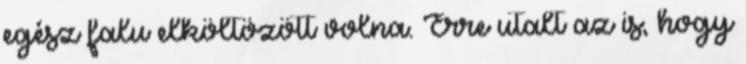
egész falu elköltözött volna. Erre utalt az is, hogy